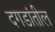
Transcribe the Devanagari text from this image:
दगडांतील